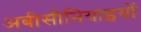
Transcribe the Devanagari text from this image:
अबीसीनियाइयों